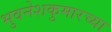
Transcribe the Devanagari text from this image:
भुवनेशकुमारच्या